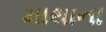
માથાના